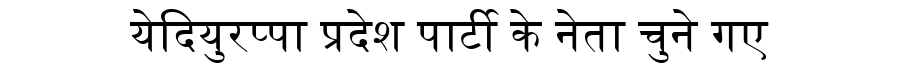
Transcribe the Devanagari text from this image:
येदियुरप्पा प्रदेश पार्टी के नेता चुने गए